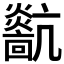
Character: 𤒀